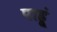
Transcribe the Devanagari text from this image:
पाहू्ं